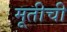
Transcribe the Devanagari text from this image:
मूतीची